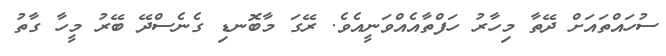
ސުހައްތައަށް ދޭތާ މިހާރު ހަފްތާއެއްވަނީއެވެ. ރޭގަ މާބޮނޑި ގެނެސްދޭ ބޭރު މީހާ ގާތު